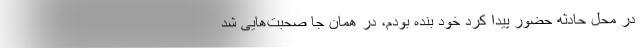
در محل حادثه حضور پیدا کرد خود بنده بودم، در همان جا صحبت‌هایی شد